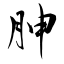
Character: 胂